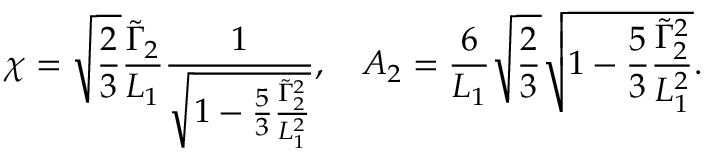
\chi = \sqrt { \frac { 2 } { 3 } } \frac { \tilde { \Gamma } _ { 2 } } { L _ { 1 } } \frac { 1 } { \sqrt { 1 - \frac { 5 } { 3 } \frac { \tilde { \Gamma } _ { 2 } ^ { 2 } } { L _ { 1 } ^ { 2 } } } } , \quad A _ { 2 } = \frac { 6 } { L _ { 1 } } \sqrt { \frac { 2 } { 3 } } \sqrt { 1 - \frac { 5 } { 3 } \frac { \tilde { \Gamma } _ { 2 } ^ { 2 } } { L _ { 1 } ^ { 2 } } } .